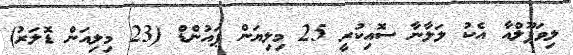
ލިވަޕޫލްއާ އެކު ލަލާނާ ސޮއިކުރީ 25 މިލިޔަން ޕައުންޑް (23 މިލިއަން ޑޮލަރު)